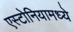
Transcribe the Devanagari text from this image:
एस्टोनियामध्ये